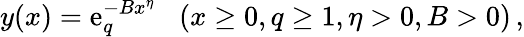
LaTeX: y(x)=\mathrm{e}_{q}^{-Bx^{\eta}}\; \; \; (x\ge0,q\ge1,\eta>0,B>0)\, ,